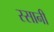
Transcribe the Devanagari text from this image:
स्सानी